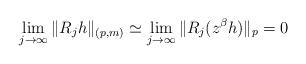
LaTeX: \begin{align*}\lim_{j\to \infty}\|R_jh\|_{(p,m)}\simeq\lim_{j\to \infty}\|R_j(z^\beta h)\|_p= 0\end{align*}